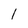
Character: 1